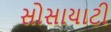
સોસાયાટી